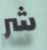
شر